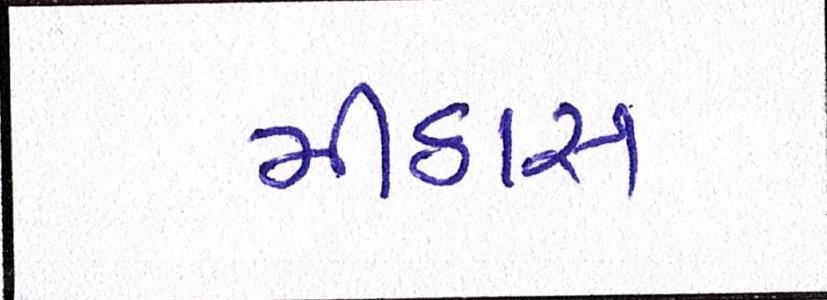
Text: મીઠાસ